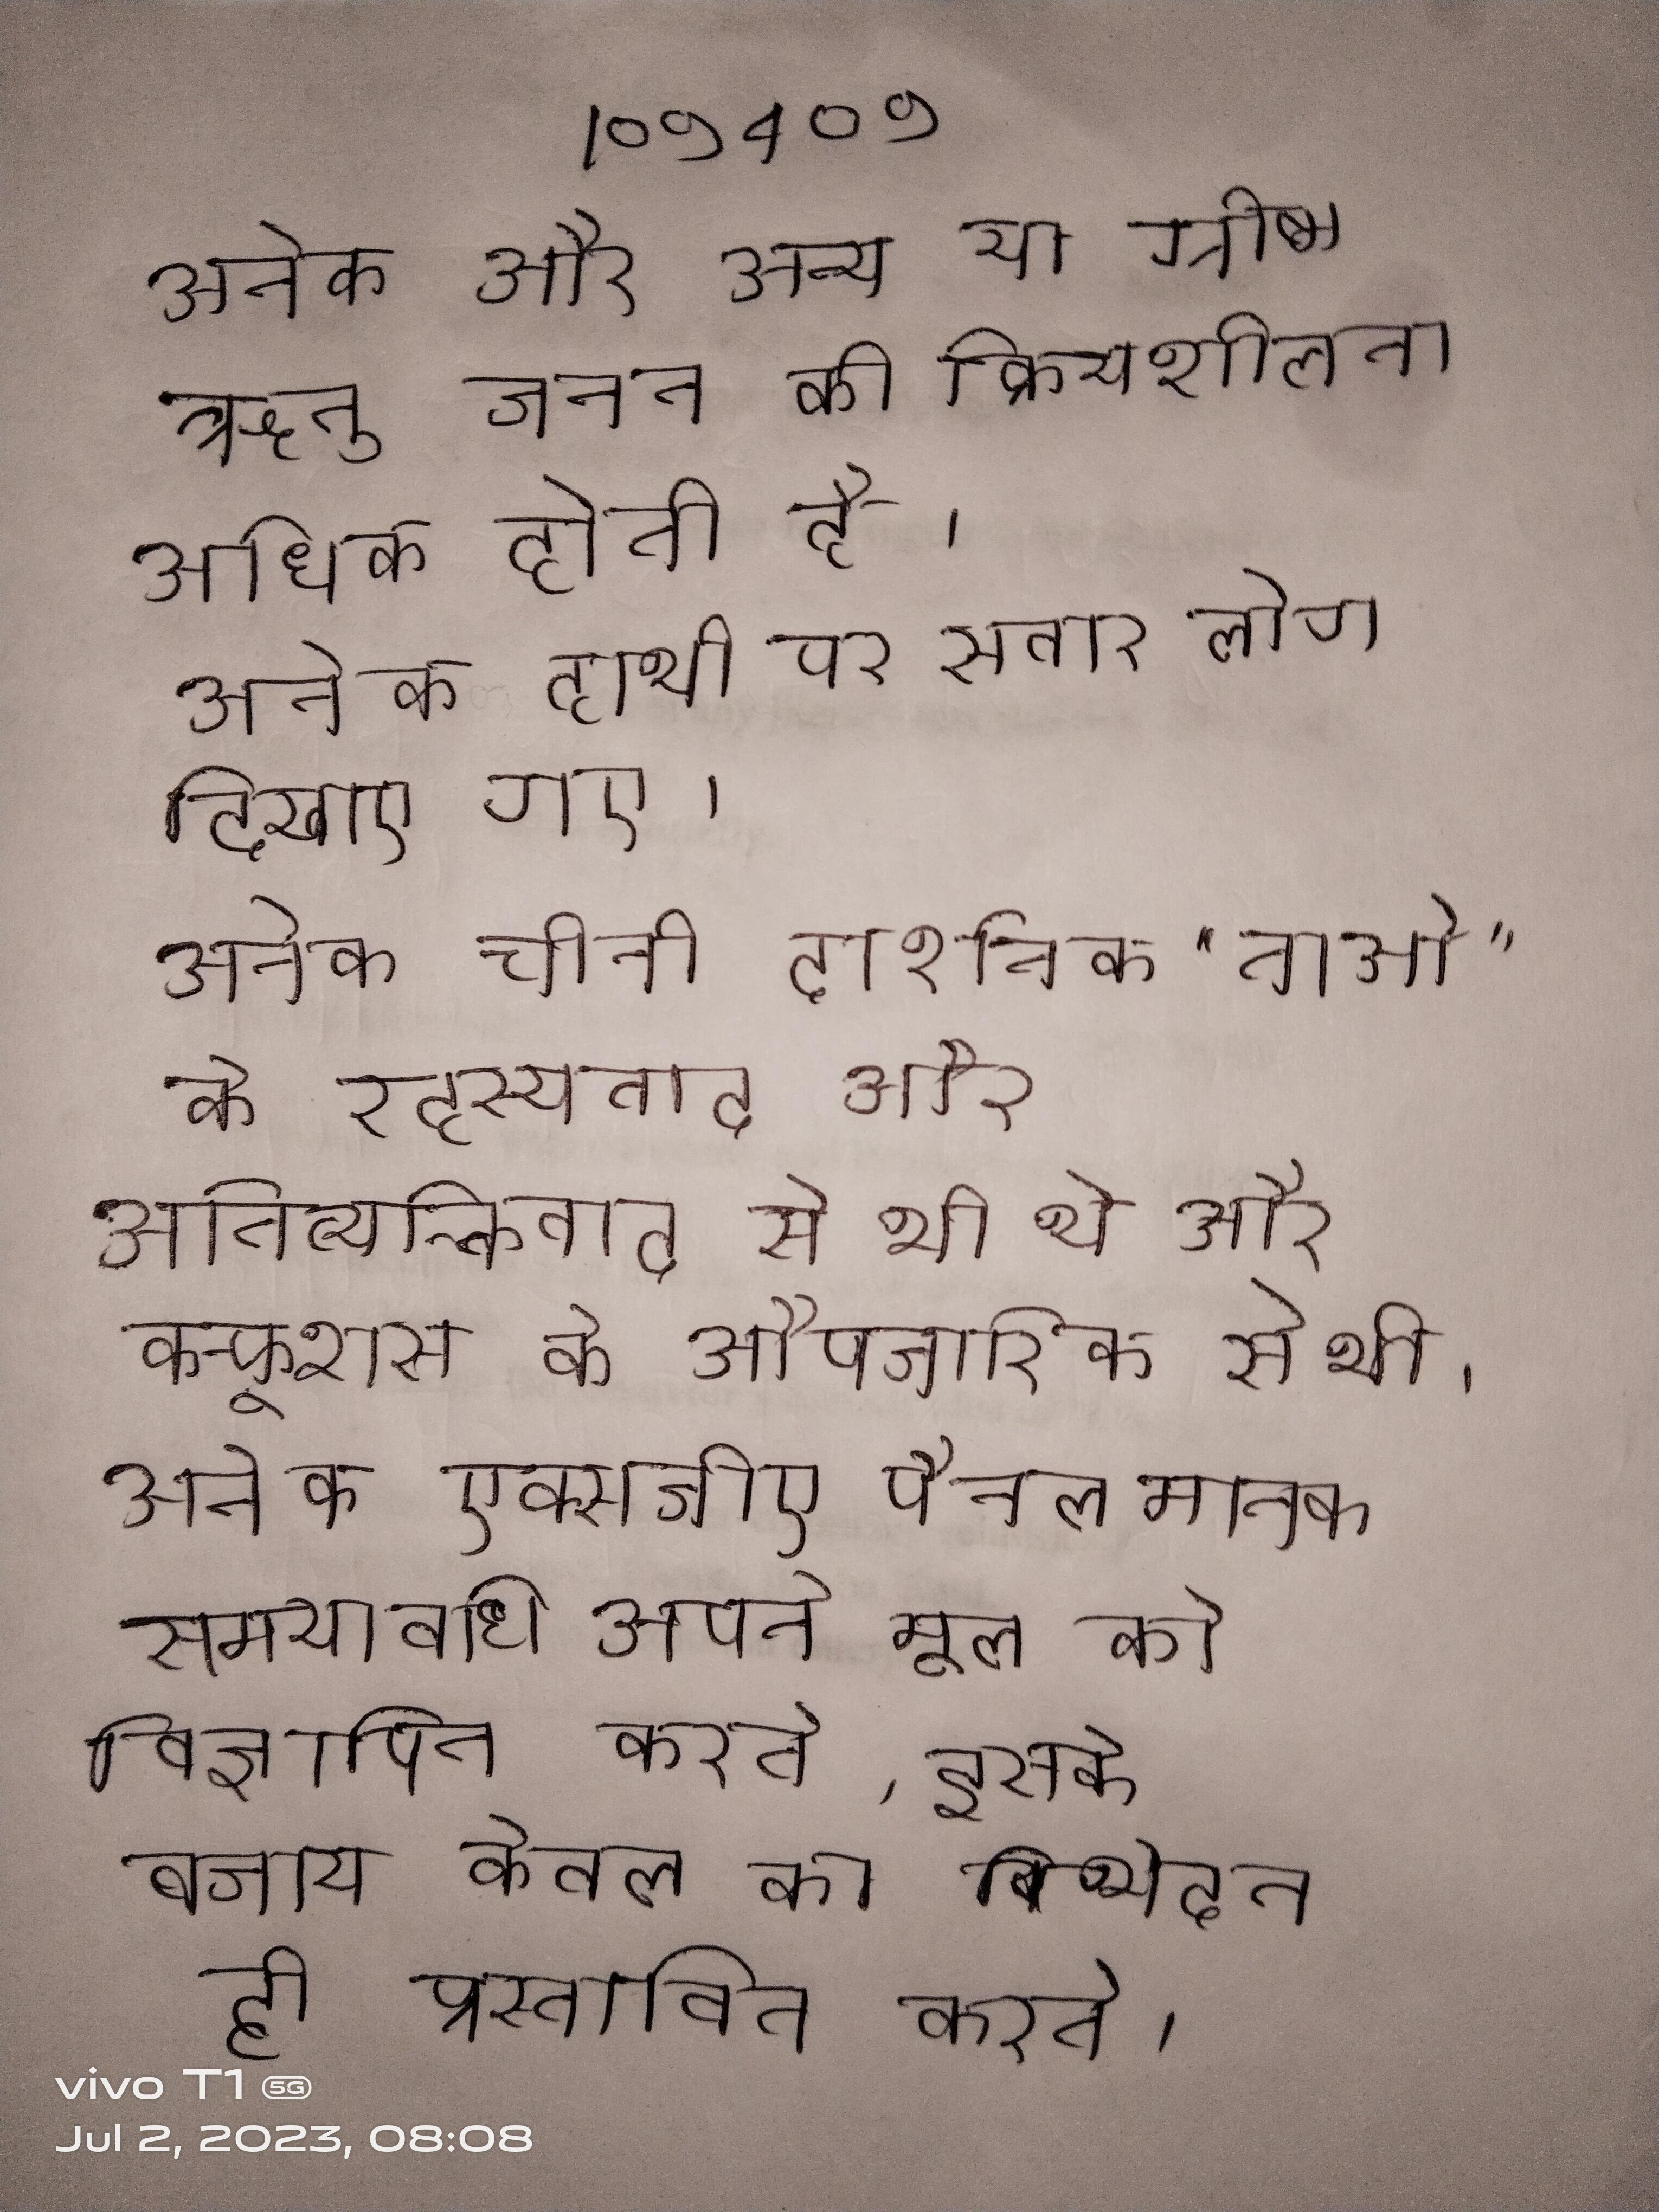
अनेक और अन्य या ग्रीष्म ऋतु जनन की क्रियाशीलता अधिक होती है । अनेक हाथी पर सवार लोग दिखाए गए । अनेक चीनी दार्शनिक "ताओ" के रहस्यवाद और अतिव्यक्तिवाद से भी थे और कन्फूशस के औपचारिक से भी । अनेक एक्सजीए पैनल मानक समयावधि अपने मूल को विज्ञापित करते, इसके बजाय केवल का विभेदन ही प्रस्तावित करते ।